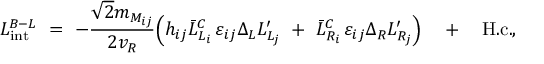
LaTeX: { \cal L } _ { \mathrm { i n t } } ^ { B - L } \ = \ - \frac { \sqrt { 2 } m _ { M _ { i j } } } { 2 v _ { R } } \Big ( h _ { i j } \bar { L } _ { L _ { i } } ^ { C } \, \varepsilon _ { i j } \Delta _ { L } L _ { L _ { j } } ^ { \prime } \ + \ \bar { L } _ { R _ { i } } ^ { C } \, \varepsilon _ { i j } \Delta _ { R } L _ { R _ { j } } ^ { \prime } \Big ) \quad + \quad \mathrm { H . c . } ,